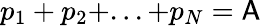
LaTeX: p_{1}+p_{2}+...+p_{N}=\mathsf{A}